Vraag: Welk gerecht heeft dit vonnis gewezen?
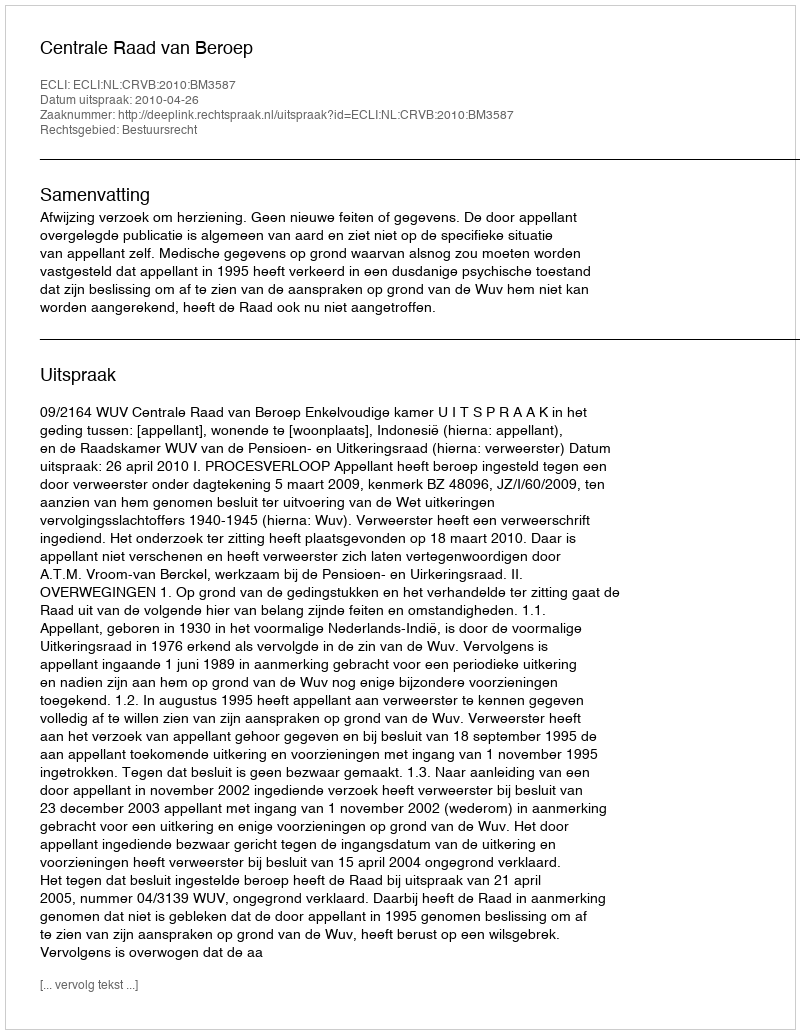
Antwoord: Centrale Raad van Beroep